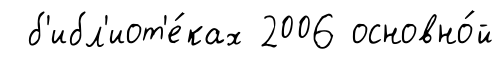
б'ибл'иот'е́ках 2006 основно́й